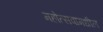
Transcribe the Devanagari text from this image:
महोत्सवामधील